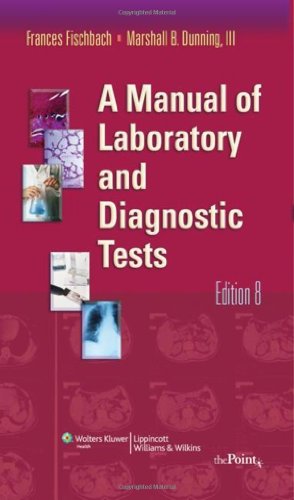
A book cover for A Manual of Laboratory and Diagnostic Tests (Manual of Laboratory & Diagnostic Tests); Frances Fischbach RN  BSN  MSN; Medical Books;